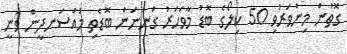
ގޮތުން މިންވަރުވި 50 ކިލޯގެ ބޮޑު މާވަހަރު ގަންނަން ބޮޑެތި މުއްސަނދީން ވަނީ